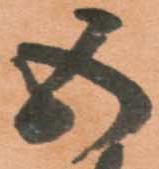
五